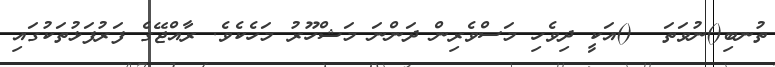
ތުނބި()ނުވަތަ  ()އަކީ ދިވެހި މަސްވެރިން ދަންނަ މަޝްހޫރު މަހެކެވެ. ރާއްޖޭގެ ފަރުފަޅުތަކުގައި